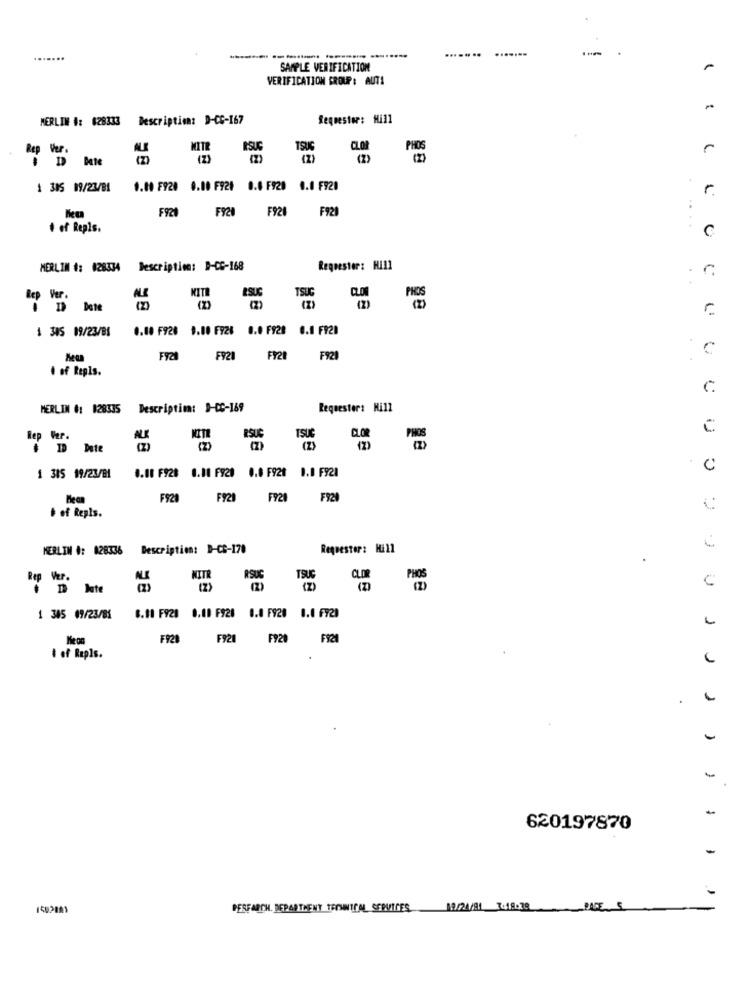
... .. ..
........
.......
SAMPLE VERIFICATION
VERIFICATION GROUP: AUTA
MERLIN #: 628333 Description: D-CC-167
Requestor: Hill
Rep Ver.
MITR
RSUS
C
1 385 09/23/B1
9.00 F920 0.00 F921 0.6 F920 0.0 F920
r.
F921
F928 F921
F920
.. .
+ of Repls.
MERLIN #: 028334 Description: D-CC-168
Requestor: H/11
KITE
ESUG
TSUG
(2)
1 305 09/23/B1
0.00 F926 1.00 F926 0.0 F928 0.1 FR20
C
F921
FY28
F921
. of Repls.
C
MERLIN #: 128335 Description: D-CC-169
Requester: Nill
C
RSUC
TSU
(2)
=
1 315 19/23/81
0.00 F928 0.00 F929 0.0 F921 1.0 F928
Bean
F928
FY2
FY2
F920
& of Repls.
MERLIN #: 028336 Description: D-CB-170
Requestor: Hill
.
Ver.
MITR
RSUG
TSUG
CLOR
PHOS
" I Jate
(2)
(2)
1 385 09/23/85
8.11 F920 0.00 F920 0.0 F920 0.0 F72)
Neon
F921
F92
F920 FR20
# of Rapls.
-
-
620197870
1402881
DESEARCH. DEPARTMENT TEOMNICAL SERVICES